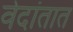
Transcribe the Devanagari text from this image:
वेदांतात